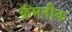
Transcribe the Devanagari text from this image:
क्रॅमनीक